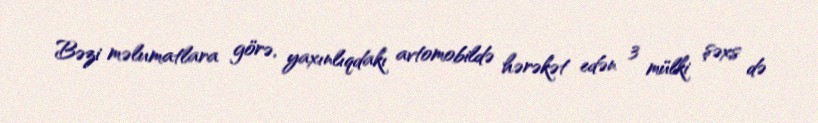
Bəzi məlumatlara görə, yaxınlıqdakı avtomobildə hərəkət edən 3 mülki şəxs də